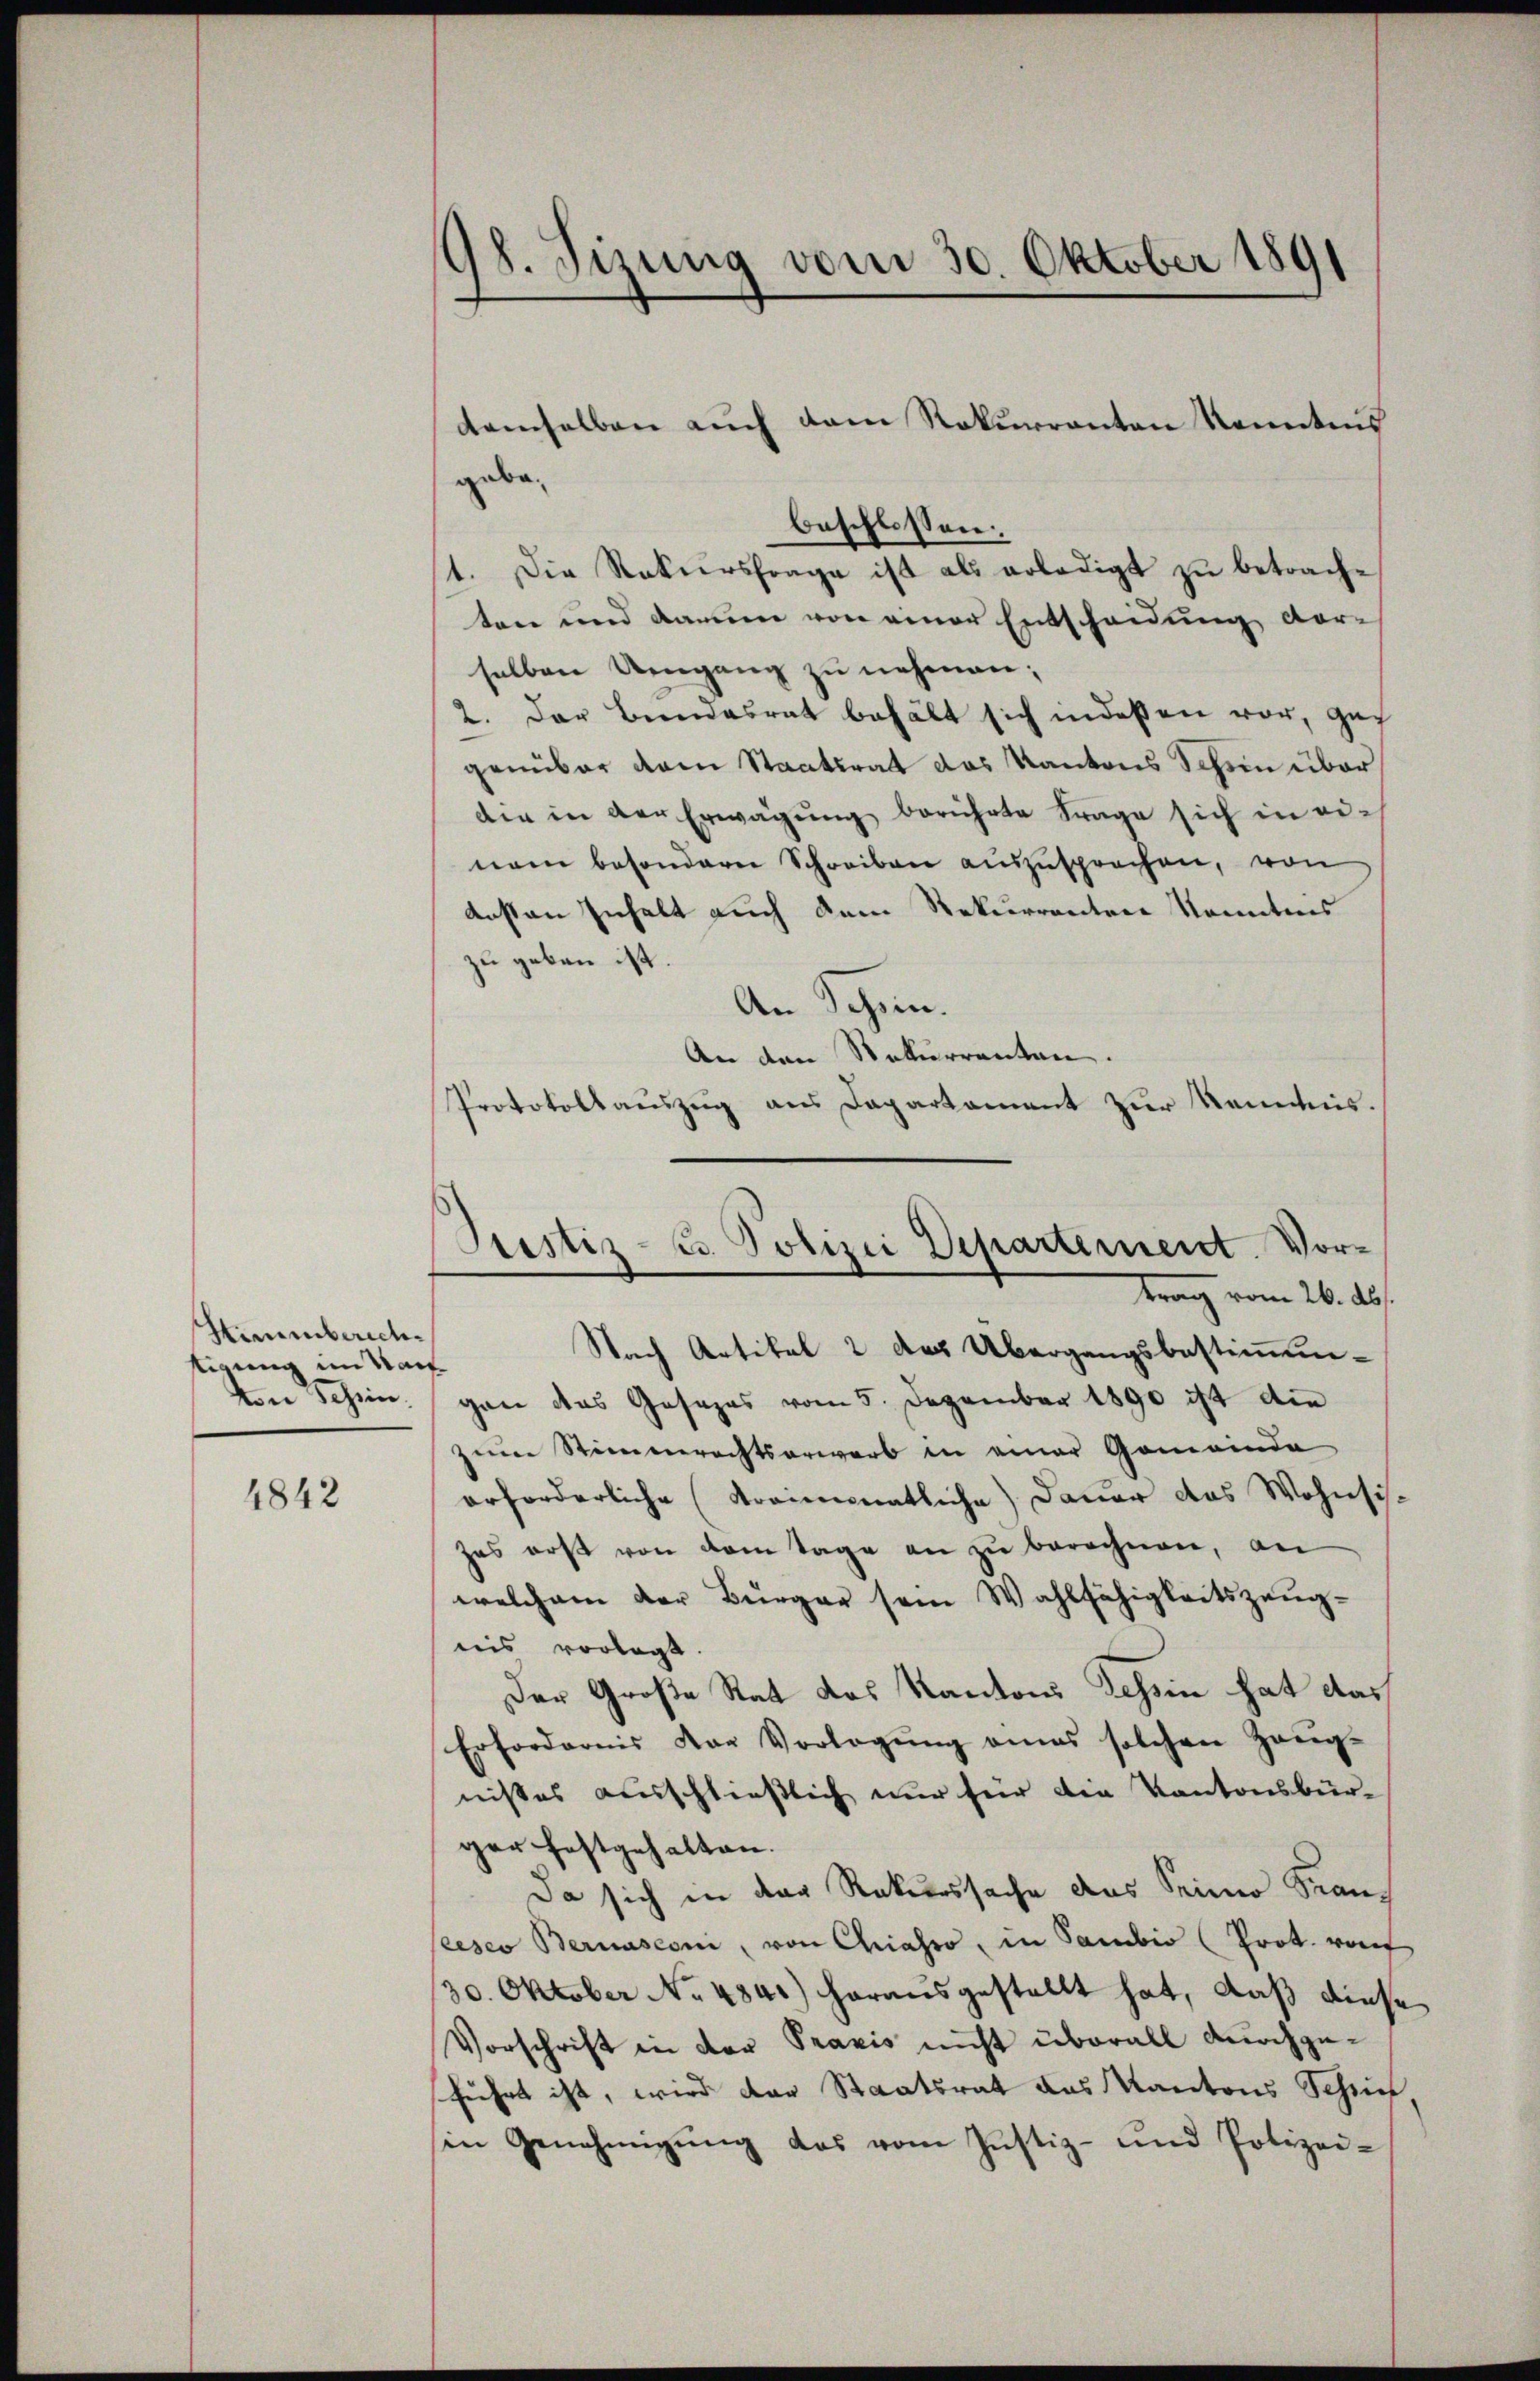
Hirnberichtigung im Nach
Von Schein.

1842

98. Sizung vom 30. Oktober 1891

gaba¬
1. Die Rekursfrage ist als erledigt zŭ betrache
ten und darum von einer Entscheidung vorselben Umgang zu nehmen;
2. Der Beendesrat behält sich indeßen vor, gegenüber dem Staatsrat das Kantons Schein über
die in der Erwägŭng berührte Frage sich in einem besonderer Schreiben auszusprechen, von
ensten Inhalt auch dem Rekurrenten kanntnis
zu geben ist.
An Schön.
An den Rekurrenten.
Protokollauszug aus Departament zur Kenntnis.

demselben auch dem Rekurrenten konntens

Jrestiz- u. Polizei Departement. Vortrag vom 26. Ab

beschlossen:

Nach Artikel 2 des Übergangsbestimmun-
gan das Gesezes vom 5. Dezember 1890 ist die
zum Stimmrechtserwerb in einer Gemeinde
erforderliche (Kreimonatliche Dauer das Wohnsit
zas rost von dem Tage an zu berechnen, an
welchem der Bürger sein Wahlfähigkeitszeug-
nis vorlegt
Der Große Rat das Kantons Tessin hat das
Erfordernis der Vorlegŭng eines solchen Zeŭg-
nißes ausschließlich nur für die Kantonsbürger festgehalten.
Da sich in der Rekurssache des Seiner Franeeser Bernasesi, von Chiasso, in Sambio (Prot. rauf
30. Oktober No 4841) herausgestellt hat, daß diese
Vorschrift in der Praxis nicht überall durchgeführt ist, wird der Staatsrat das Kantons Schrief
in Genehmigŭng das vom Justiz- und Polizei-